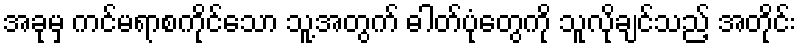
အခုမှ ကင်မရာစကိုင်သော သူ့အတွက် ဓါတ်ပုံတွေကို သူလိုချင်သည့် အတိုင်း